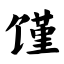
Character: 馑